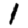
Digit: 1